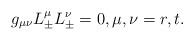
LaTeX: \begin{align*} g_{\mu\nu}L_\pm^\mu L_\pm^\nu=0,\textrm{$\mu,\nu=r,t$.}\end{align*}